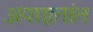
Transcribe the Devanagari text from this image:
अपघा्तांत